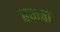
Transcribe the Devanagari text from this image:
हळवा